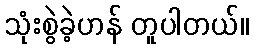
သုံးစွဲခဲ့ဟန် တူပါတယ်။